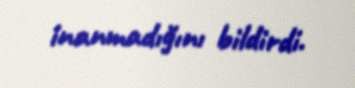
inanmadığını bildirdi.